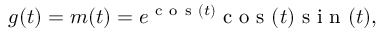
g ( t ) = m ( t ) = e ^ { \mathrm { ~ c ~ o ~ s ~ } ( t ) } \mathrm { ~ c ~ o ~ s ~ } ( t ) \mathrm { ~ s ~ i ~ n ~ } ( t ) ,